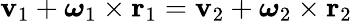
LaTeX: \mathbf{v}_{1}+{\boldsymbol{\omega}}_{1}\times\mathbf{r}_{1}=\mathbf{v}_{2}+{\boldsymbol{\omega}}_{2}\times\mathbf{r}_{2}